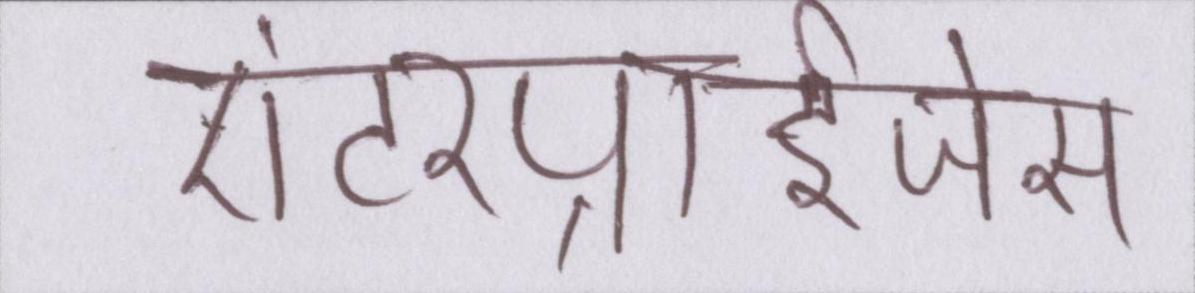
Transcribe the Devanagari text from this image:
एंटरप्राईजेस